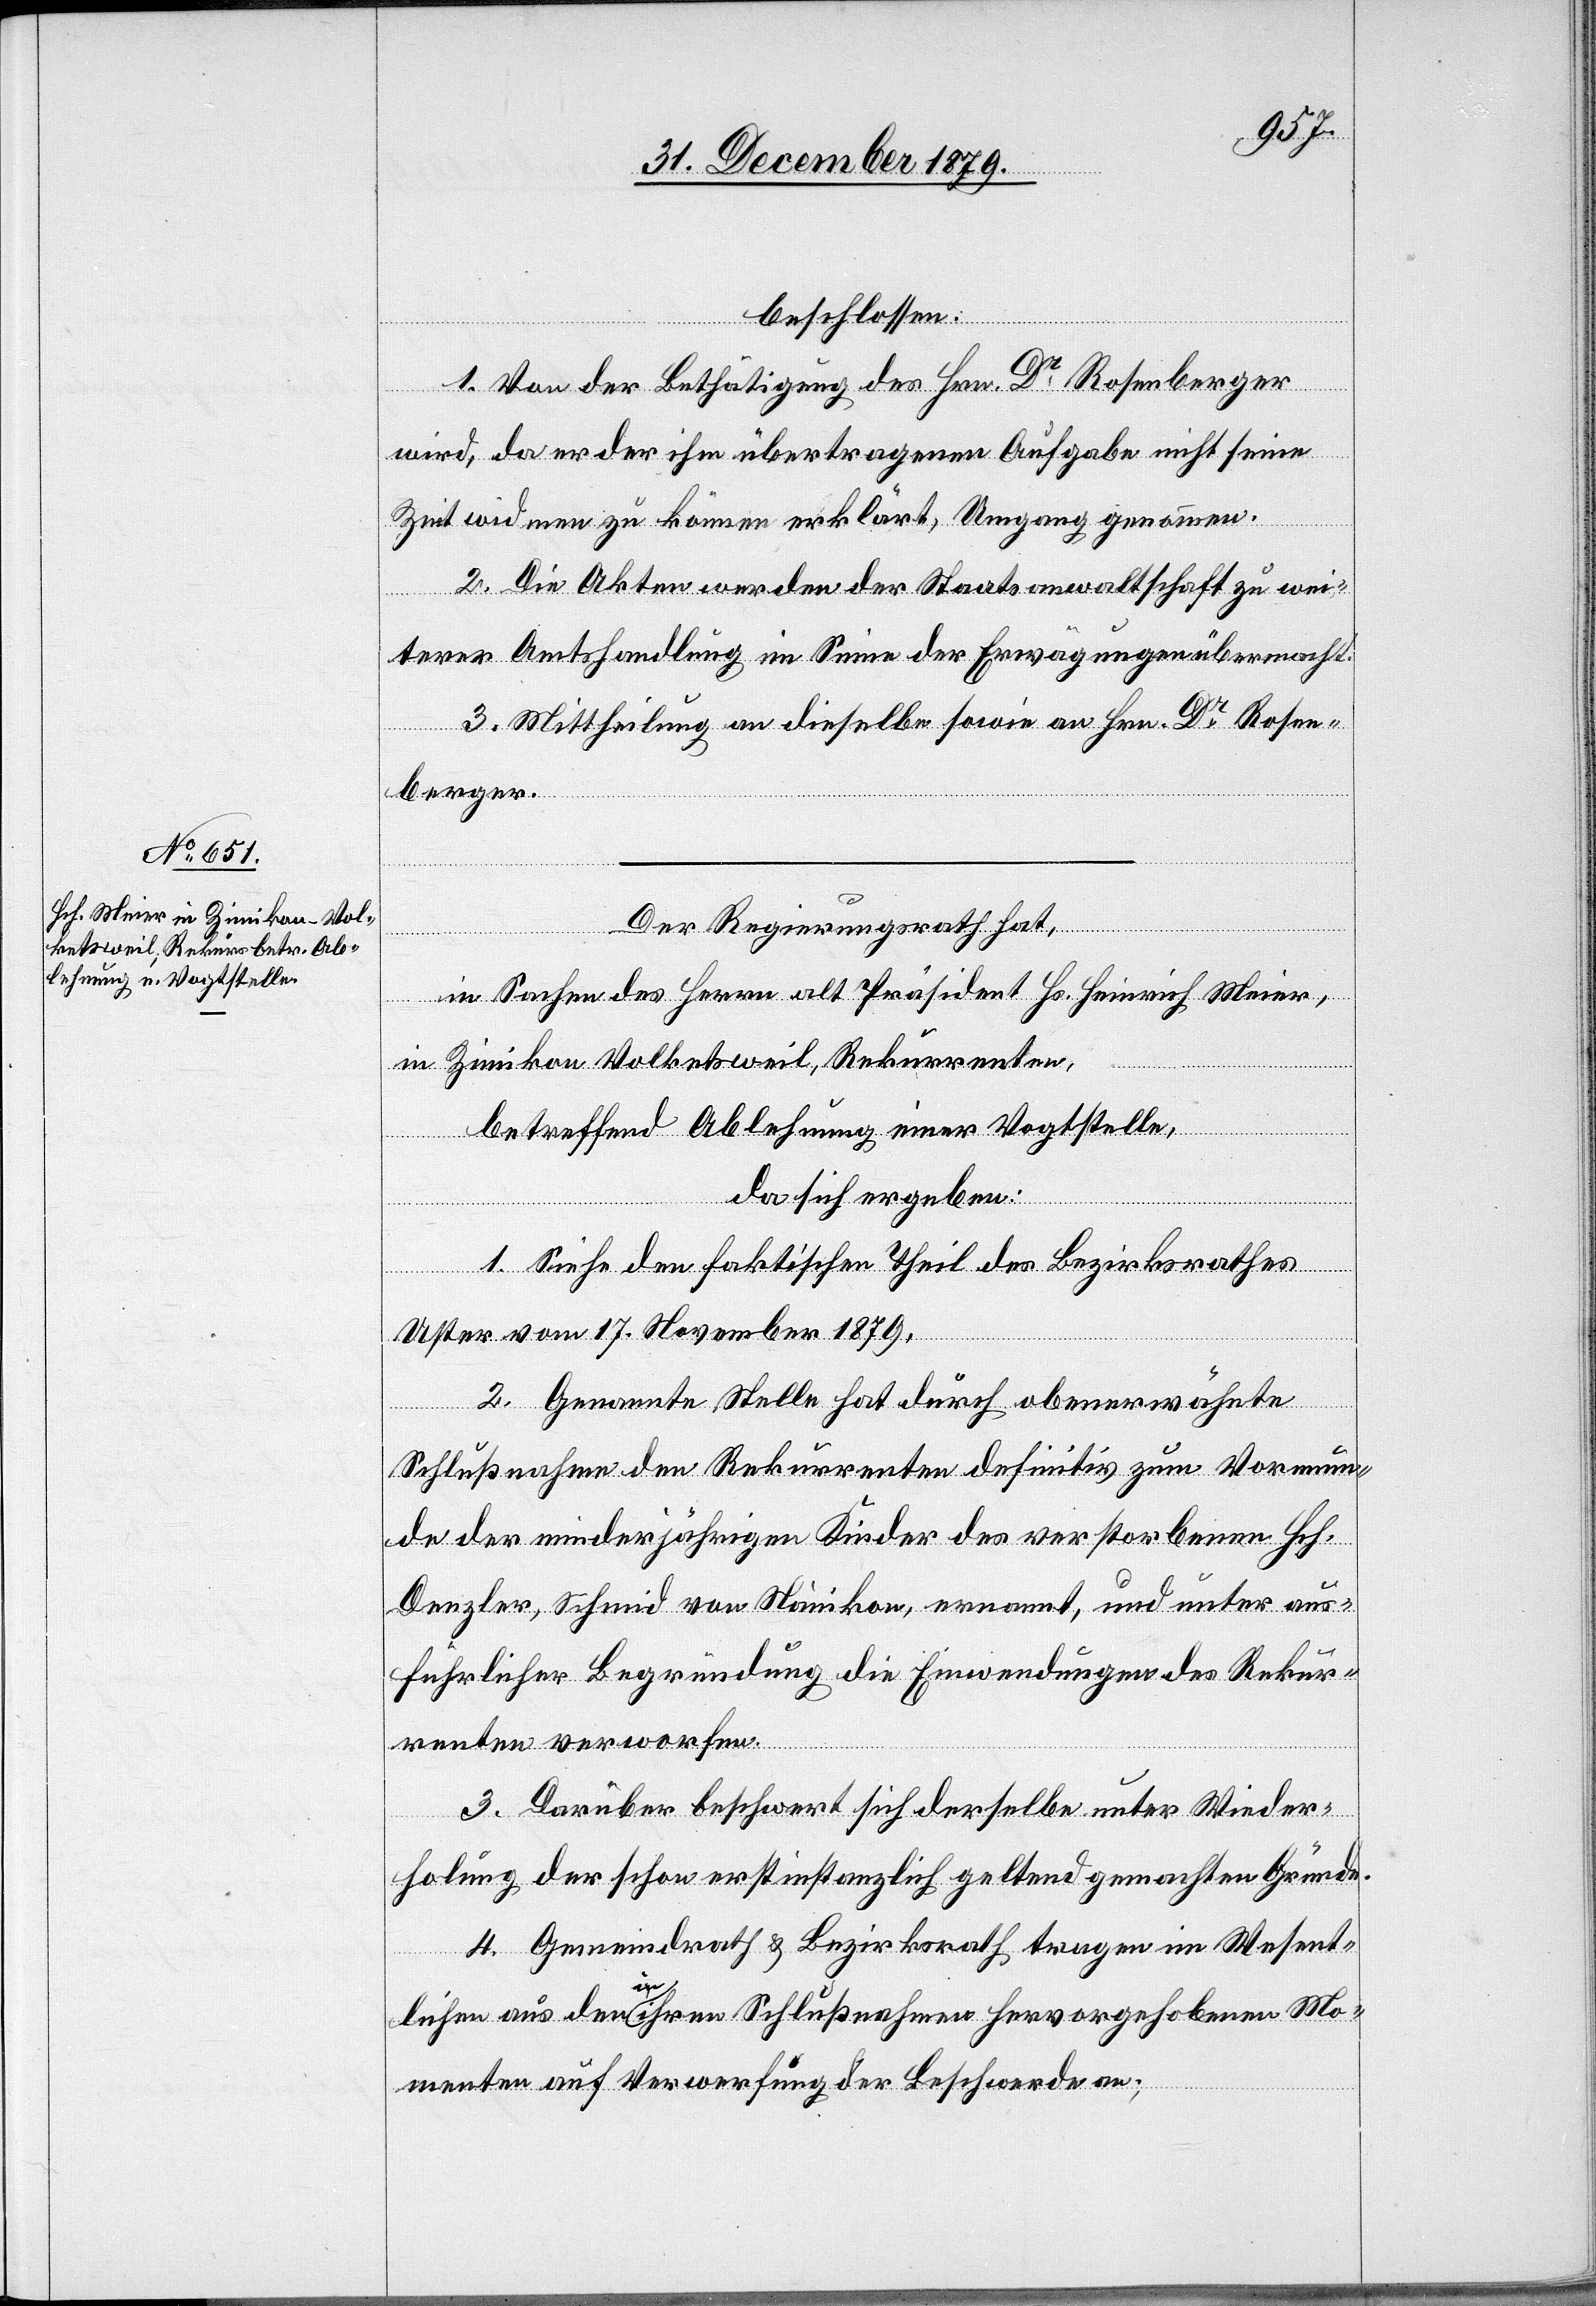
beschlossen:
1. Von der Bestätigung des Hrn. Dr Rosenberger
wird, da er der ihm übertragenen Aufgabe nicht seine
Zeit widmen zu können erklärt, Umgang genommen.
2. Die Akten werden der Staatsanwaltschaft zu wei¬
terer Amtshandlung im Sinne der Erwägungen übermacht.
3. Mittheilung an dieselbe sowie an Hrn. Dr Rosen¬
berger.
Der Regierungsrath hat,
in Sachen des Herrn alt Präsident Hs. Heinrich Meier,
in Zimikon Volketsweil, Rekurrenten,
betreffend Ablehnung einer Vogtstelle,
da sich ergeben:
1. Siehe den faktischen Theil des Bezirksrathes
Uster vom 17. November 1879.
2. Genannte Stelle hat durch obenerwähnte
Schlußnahme den Rekurrenten definitiv zum Vormun¬
de der minderjährigen Kinder des verstorbenen Hch.
Denzler, Schmid von Nänikon, ernannt, und unter aus¬
führlicher Begründung die Einwendungen des Rekur¬
renten verworfen.
3. Darüber beschwert sich derselbe unter Wieder¬
holung der schon erstinstanzlich geltend gemachten Gründe.
4. Gemeindrath & Bezirksrath tragen im Wesent¬
lichen aus den in ihren Schlußnahmen hervorgehobenen Mo¬
menten auf Verwerfung der Beschwerde an;